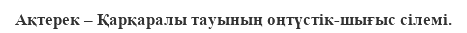
Ақтерек – Қарқаралы тауының оңтүстік-шығыс сілемі.